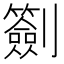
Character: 𠠬